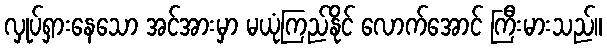
လှုပ်ရှားနေသော အင်အားမှာ မယုံကြည်နိုင် လောက်အောင် ကြီးမားသည်။